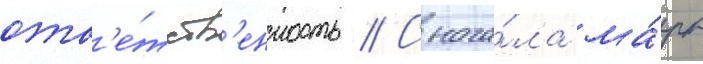
отв'е́тств'енность // Снача́ла ма́рк